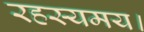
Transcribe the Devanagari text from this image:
रहस्यमय।